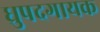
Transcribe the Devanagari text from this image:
ध्रुपदगायक